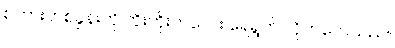
စကားတစ်ခွန်းကို တိုးတိုးကလေး ရေရွတ် လိုက်လေသည်။